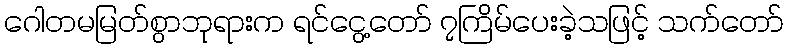
ဂေါတမမြတ်စွာဘုရားက ရင်ငွေ့တော် ၇ကြိမ်ပေးခဲ့သဖြင့် သက်တော်